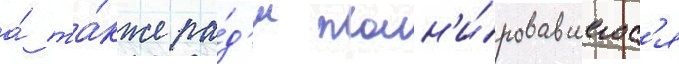
а́ та́кже ра́д'и план'и́ровавшегос'я